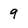
Character: 9